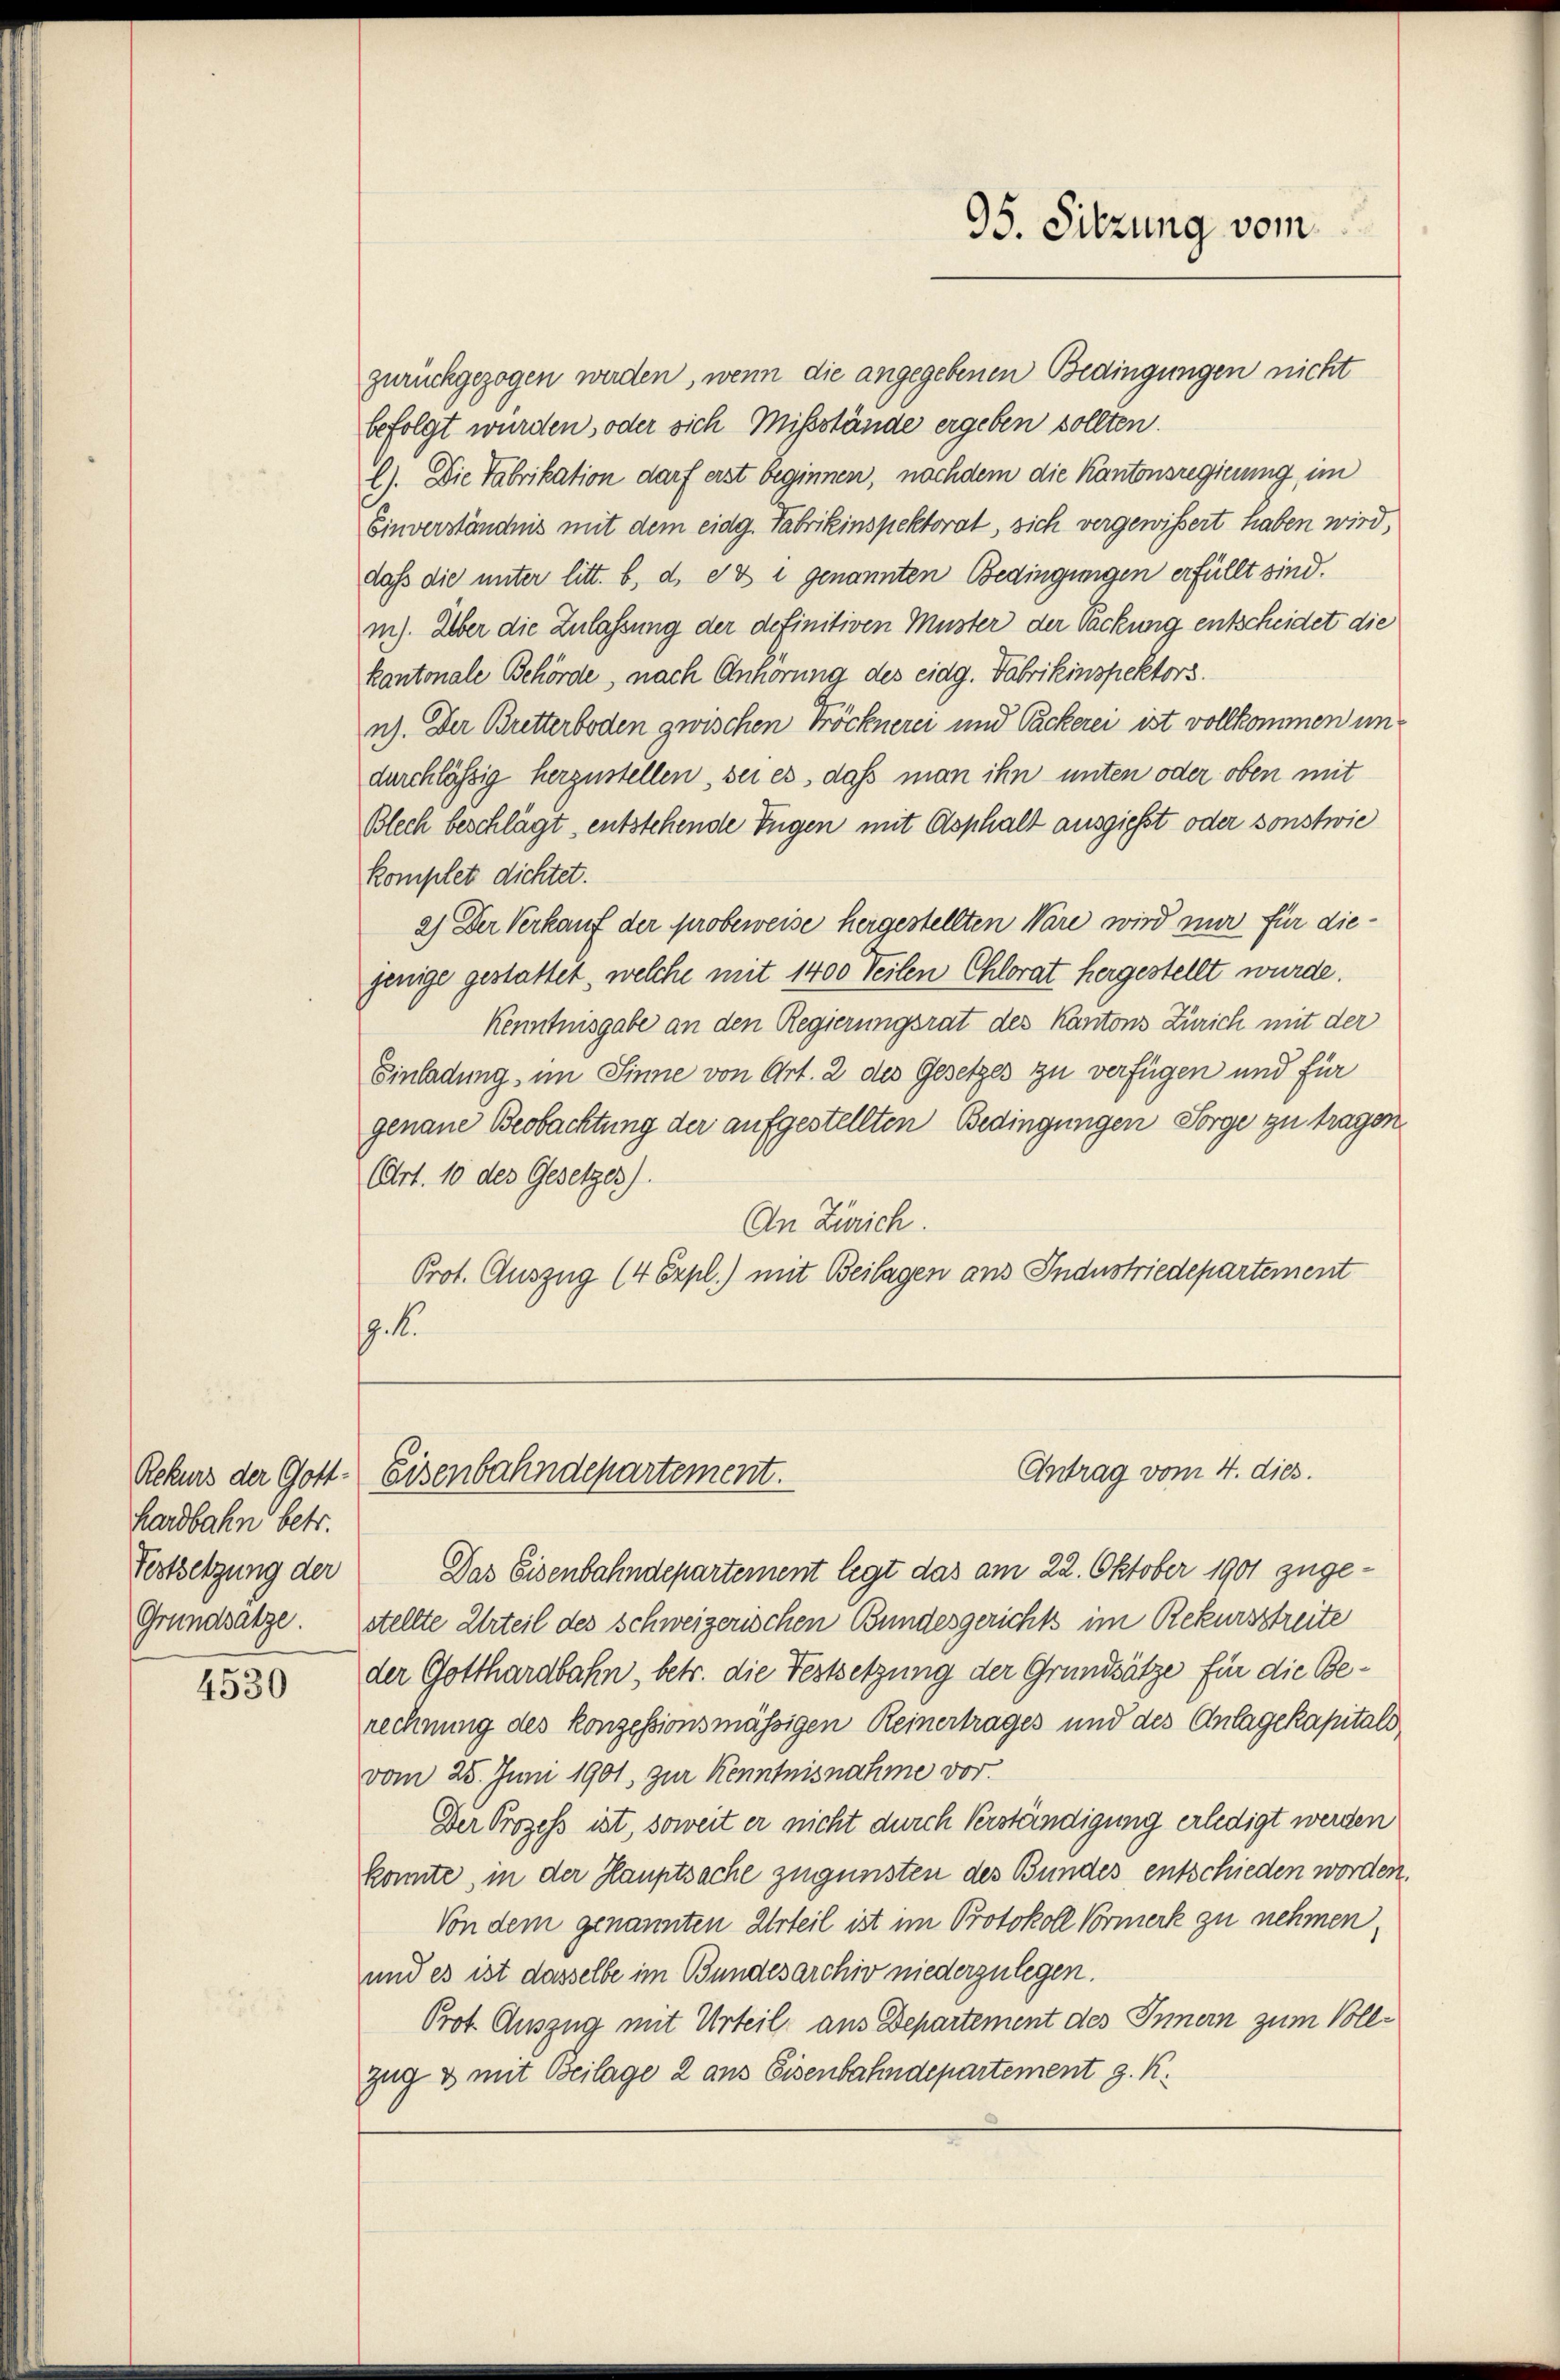
hardbahn betr.

4530

zurückgezogen werden, wenn die angegebenen Bedingungen nicht
befolgt würden, oder sich Mißstände ergeben sollten.
l). Die Fabrikation darf erst beginnen, nachdem die Kantonsregierung, im
Einverständnis mit dem eidg. Fabrikinspektorat, sich vergewissert haben wird,
daß die unter litt. b, d. ex i genannten Bedingungen erfüllt sind.
m). Über die Zulassung der definitiven Muster der Sackung entscheidet die
kantonale Behörde, nach Anhörung des eidg. Fabrikinspektors.
n). Der Britterboden zwischen Tröcknerei und Packerei ist vollkommen undurchlässig herzustellen, sei es, daß man ihn unten oder oben mit
Blech beschlägt, entstehende Tugen mit Asphalt ausgießt oder sonstwie
komplet dichtet.
2.) Der Verkauf der probeweise hergestellten Ware wird nur für diejenige gestattet, welche mit 1400 Teilen Chlorat hergestellt wurde.
Kenntnisgabe an den Regierungsrat des Kantons Zürich mit der
Einladung, im Sinne von Art. 2 des Gesetzes zu verfügen und für
genaue Beobachtung der aufgestellten Bedingungen Sorge zu tragen
Art. 10 des Gesetzes).
An Zürich.
Prot. Auszug (4 Expl.) mit Beilagen ans Industriedepartement
9.

Fortsetzung der Das Eisenbahndepartement legt das am 22. Oktober 1901 zuge¬
Grundsatze. Stellte Urteil des Schweizerischen Bundesgerichts im Rekursstreite
der Gotthardbahn, betr. die Festsetzung der Grundsätze für die Berechnung des konzessionsmässigen Reinertrages und des Anlagekapitali
vom 25. Juni 1901, zur Kenntnisnahme vor.
Der Prozess ist, soweit er nicht durch Verständigung erledigt werden
konnte, in der Hauptsache zugunsten des Bundes entschieden worden.
Von dem genannten Urteil ist im Protokoll Vormerk zu nehmen,
und es ist dasselbe im Bundesarchiv niederzulegen.
Prot. Auszug mit Urteil aus Departement des Innern zum Vollzug & mit Beilage 2 aus Eisenbahndepartement z. K.

95. Sitzung vom

Antrag vom 4. dies.
Rekurs der Gott. Eisenbahndepartement.